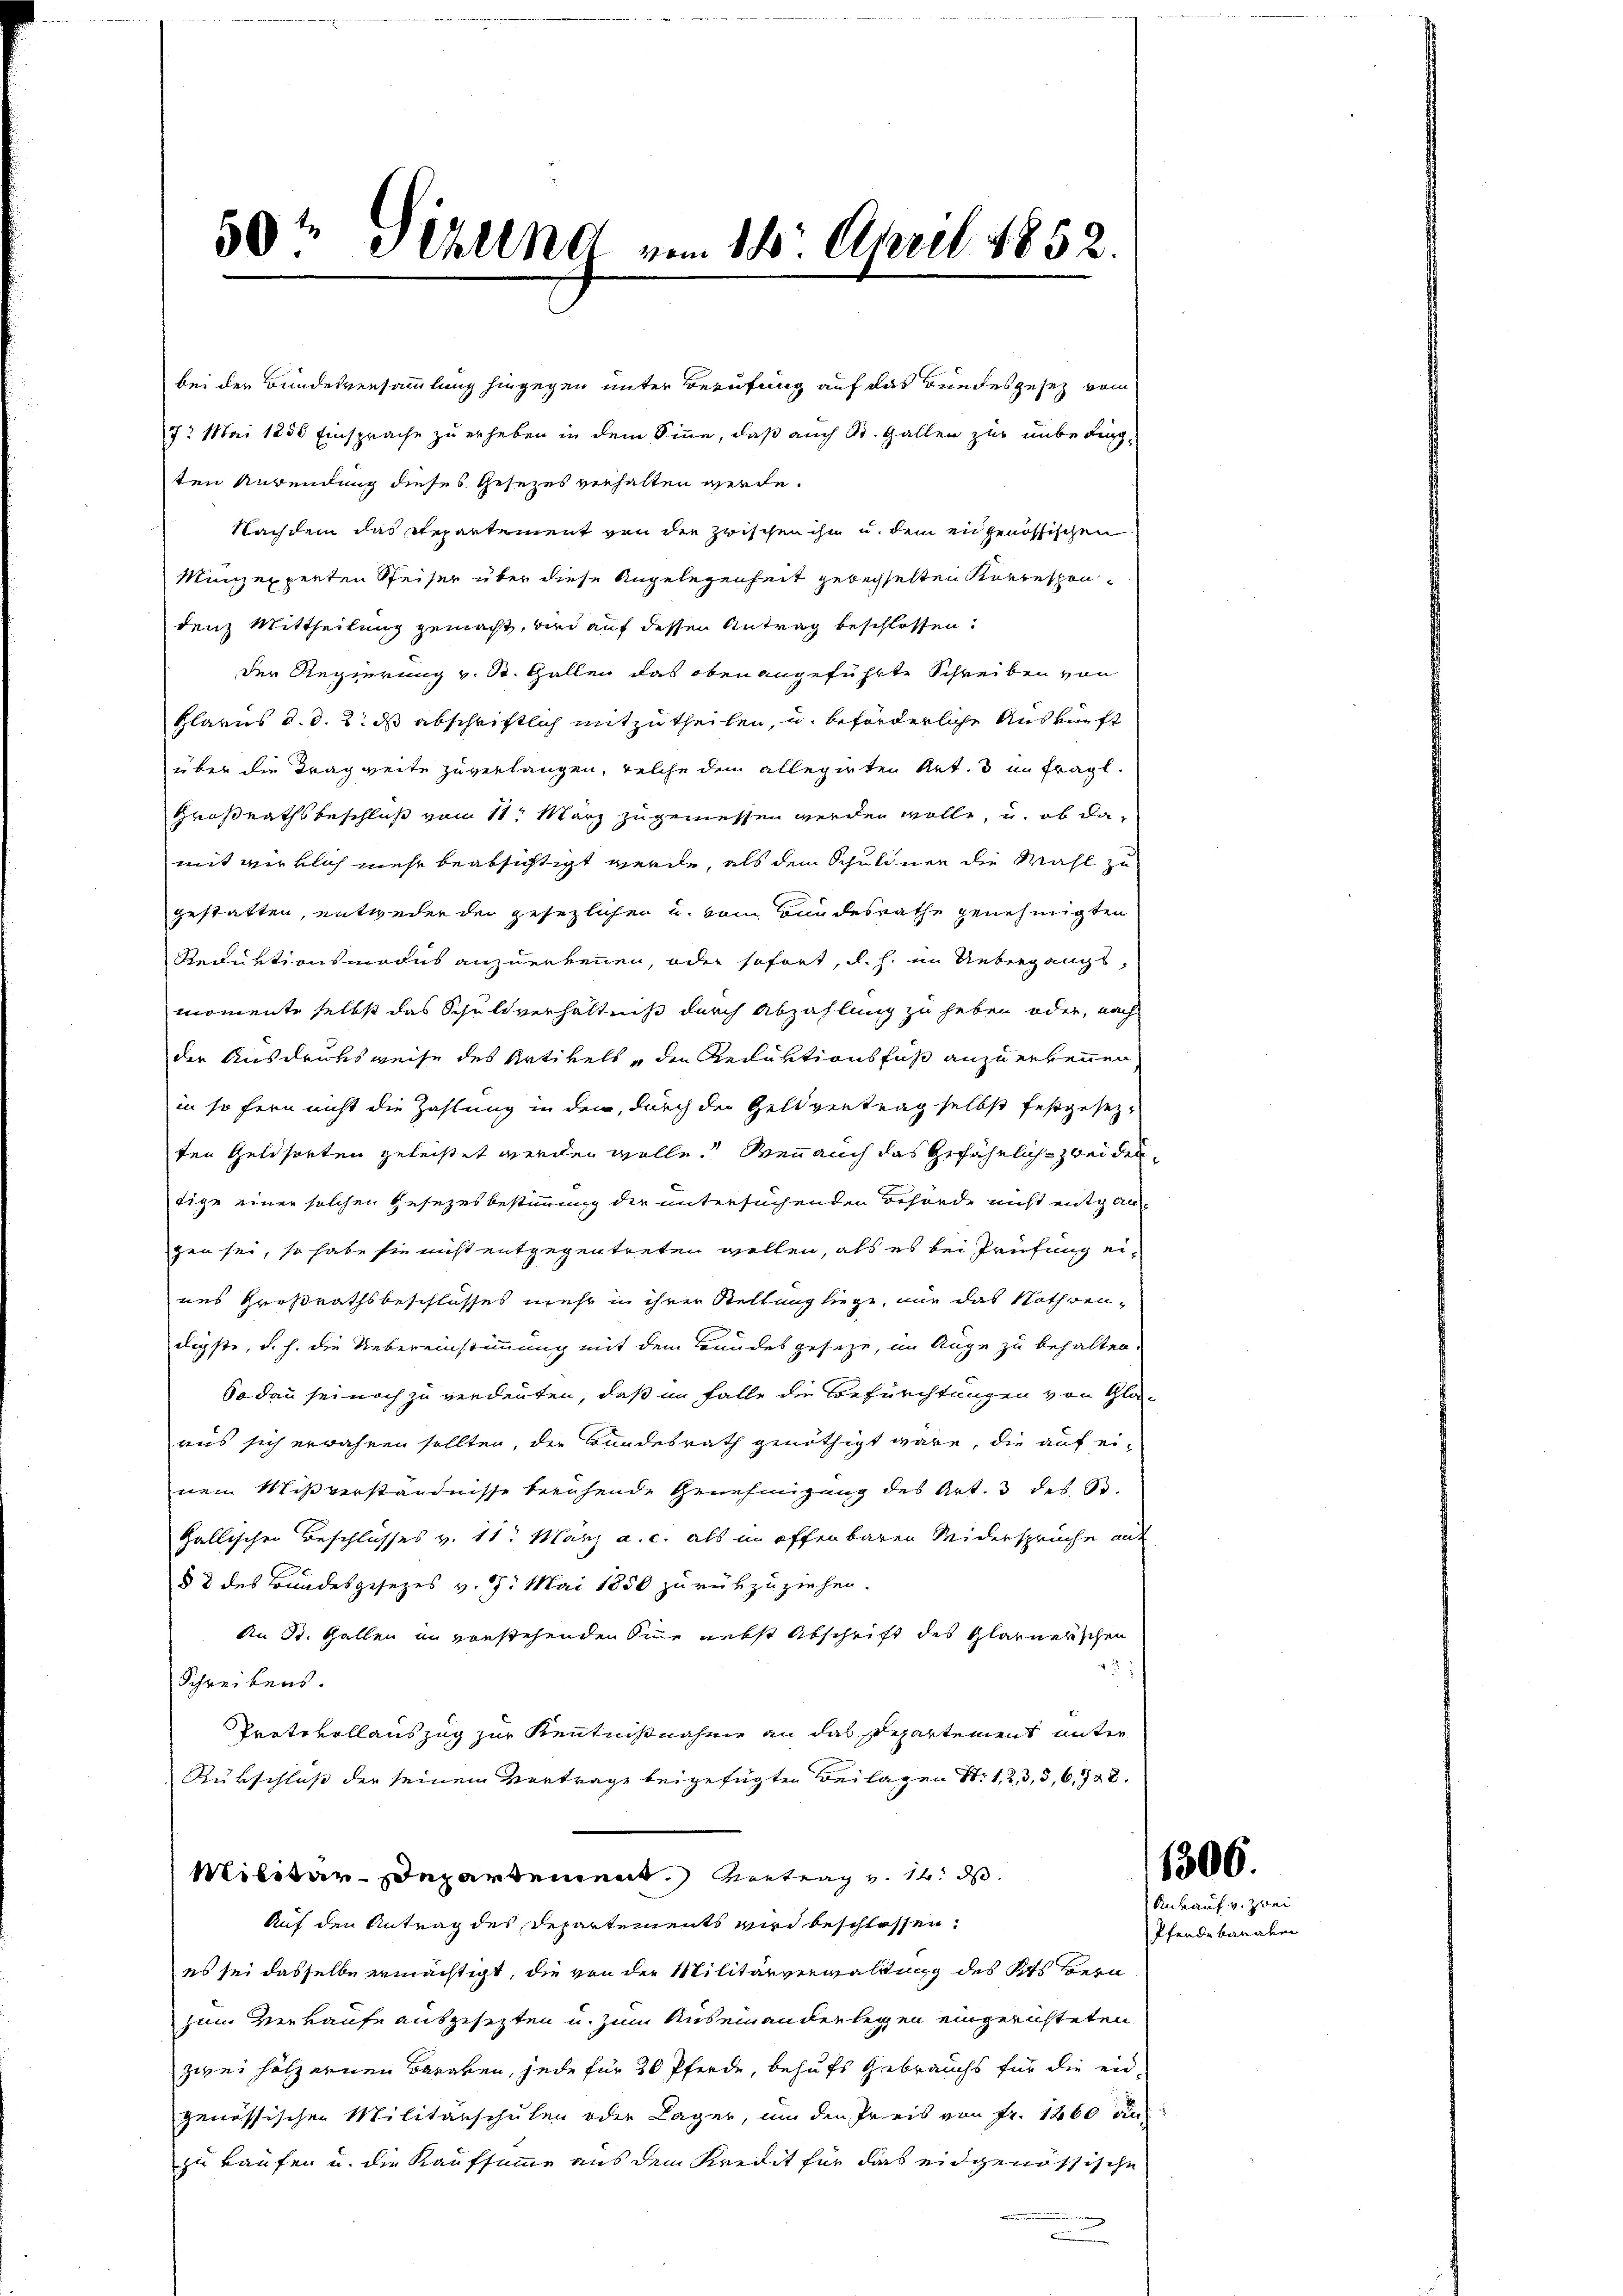
50t Sekung vom 18. April 1852.

bei der Bundesversammlung hingegen unter Berufung auf das Bundesgesetz vom
72 Mai 1830 Einsprache zu erheben in dem Sinne, daß auch St. Gallen zur unbedingten Anwendung dieses Gesezes verhalten werde.
Nachdem das Repartement von den zwischen ihn u. dem eingenössischen
Münzexperten Steiser über diese Angelegenheit gewechselten Korrespondenz Mittheilung gemacht, und auf dessen Antrag beschlossen:
der Regierung v. St. Gallen das oben angeführte Schreiben von
Glarus d. d. 2. ds abschriftlich mitzutheilen, u. beförderliche Auskunft
über die Tragweite zuverlangen, welche dem allegirten Art. 3 im fragl.
Großrathsbeschluß vom 11. März zugemessen werden wolle, u. ob damit wirklich mehr beabsichtigt werde, als dem Schuldner die Mahl zu
gestatten, entweder der gesezlichen u. vom Bundesrathe genehmigten
Reduktionsmodus anzuerkennen, oder sofort, d. h. im Uebergangs-
momente selbst das Schuldverhältniß durch Abzahlung zu heben oder, nach
der Ausdrucksweise des Artikels, den Reduktionsfuß anzuerkennen
in so fern nicht die Zahlung in den durch der Geldvertrag selbst festgesezten Geldsorten geleistet werden wolle. Wenn auch das gefährlich zweidentige einer solchen Gesetzesbestimmung der untersuchenden Behörde nicht entgan
gen sei, so habe sie nicht entgegentreten wollen, als es bei Prüfung eiaus Großrathsbeschlusses mehr in ihrer Stellung liege, nur das Nothwendigste, d. h. die Uebereinstimmung mit dem Bundesgeseze, im Auge zu behalten.
Sodann sei noch zu verdeuten, daß im Falle die Befürchtungen von Gla
aus sich erwähnen sollten, der Bundesrath genöthigt wäre, die auf einem Mißverständnisse beruhende Genehmigung des Art. 3 des B.
Gallischen Beschlusses v. 11. März a. c. als im offenbaren Seidersprüche auf
§ 3 des Bundesgesezes v. 7. Mai 1850 zurükzuziehen.
An St. Gallen in vorstehenden Sinne nebst Abschrift des Glarnerschen
32:
Schreibens.
Trete vollauszug zur Kenntnißnahme an das Departement unter
Rübschluß der seinem Vertrage beigefügten Beilagen S. 1, 2, 3, 5, 6, 748.
Militar-Departement Vertrag v. 14. ds.
Auf den Antrag des Departements wird beschlossen.
es sei dasselbe ermächtigt, die von der Militärverwaltung des Kts. Bern
zun verkaufe ausgesezten u. zum Auseinanderlegen eingerichteten
zwei hölzernen Baraken, jede für 20 Pferde, behufs Gebrauchs für die eingenössischen Militärschulen oder Lager, um den Preis von Fr. 1260 au
zu kaufen u. die Kaufsumme aus dem Kredit für das eidgenössische
e

1306.
Ankauf v. Zwei

Pferdebanalen